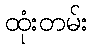
ထုံးတမ်း